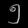
Digit: ၅